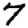
Digit: 7